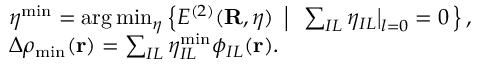
\begin{array} { r l } & { { \boldsymbol \eta } ^ { \mathrm { m i n } } = \arg \operatorname* { m i n } _ { { \boldsymbol \eta } } \left\{ E ^ { ( 2 ) } ( { \bf R } , { \boldsymbol \eta } ) ~ \left\vert ~ \ \sum _ { I L } \eta _ { I L } \big \vert _ { l = 0 } = 0 \right. \right\} , } \\ & { \Delta \rho _ { \mathrm { m i n } } ( { \bf r } ) = \sum _ { I L } \eta _ { I L } ^ { \mathrm { m i n } } \phi _ { I L } ( { \bf r } ) . } \end{array}